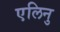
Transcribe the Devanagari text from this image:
एलिनु